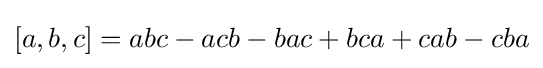
[a,b,c]=abc-acb-bac+bca+cab-cba